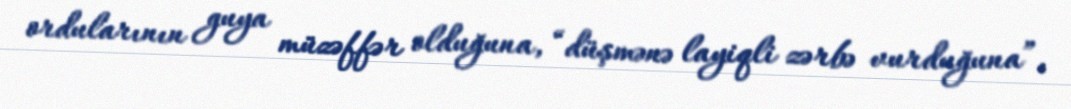
ordularının guya müzəffər olduğuna, “düşmənə layiqli zərbə vurduğuna”,